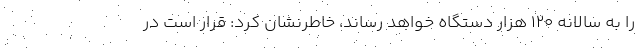
را به سالانه ۱۲۰ هزار دستگاه خواهد رساند، خاطرنشان کرد: قرار است در